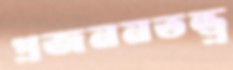
প্রজননতন্ত্র